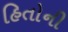
હિતોની